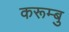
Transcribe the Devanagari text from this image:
करूम्बु